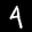
Label: 4